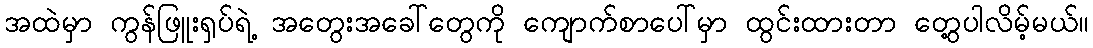
အထဲမှာ ကွန်ဖြူးရှပ်ရဲ့ အတွေးအခေါ်တွေကို ကျောက်စာပေါ်မှာ ထွင်းထားတာ တွေ့ပါလိမ့်မယ်။